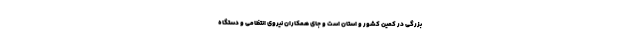
بزرگی در کمین کشور و استان است و جای همکاران نیروی انتظامی و دستگاه